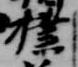
撲